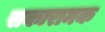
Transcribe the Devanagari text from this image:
सकारामक